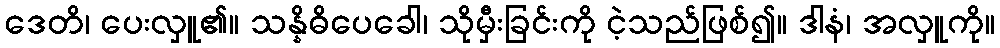
ဒေတိ၊ ပေးလှူ၏။ သန္နိဓိပေခေါ၊ သိုမှီးခြင်းကို ငဲ့သည်ဖြစ်၍။ ဒါနံ၊ အလှူကို။